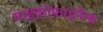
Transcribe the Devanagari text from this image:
माइक्रोफ़ाइनैन्स